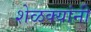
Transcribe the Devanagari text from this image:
शेळक्यांनी